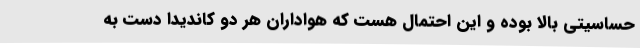
حساسیتی بالا بوده و این احتمال هست که هواداران هر دو کاندیدا دست به